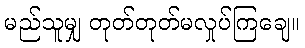
မည်သူမျှ တုတ်တုတ်မလှုပ်ကြချေ။